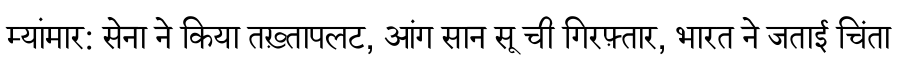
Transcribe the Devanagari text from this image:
म्यांमार: सेना ने किया तख़्तापलट, आंग सान सू ची गिरफ़्तार, भारत ने जताई चिंता